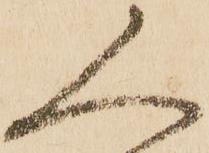
人